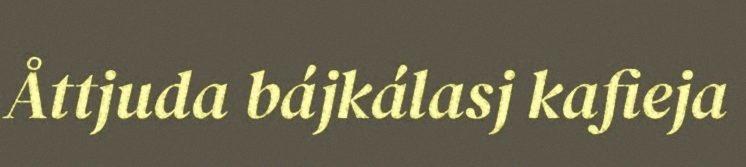
Åttjuda bájkálasj kafieja